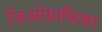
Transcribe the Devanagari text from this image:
जिओग्राफिका